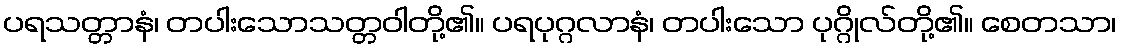
ပရသတ္တာနံ၊ တပါးသောသတ္တဝါတို့၏။ ပရပုဂ္ဂလာနံ၊ တပါးသော ပုဂ္ဂိုလ်တို့၏။ စေတသာ၊